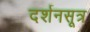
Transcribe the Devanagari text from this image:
दर्शनसूत्र